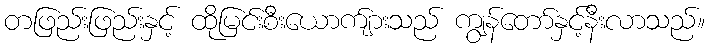
တဖြည်းဖြည်းနှင့် ထိုမြင်းစီးယောက်ျားသည် ကျွန်တော်နှင့်နီးလာသည်။